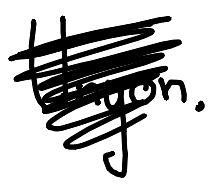
Text: Unyon.
Cross-out: scratch
Writing tool: digital_black